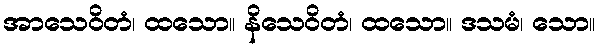
အာသေဝိတံ၊ ထသော။ နိသေဝိတံ၊ ထသော။ ဒသမံ၊ သော။